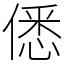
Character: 僁